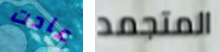
عادت المتجمد